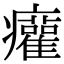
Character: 𤼐